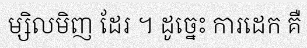
ម្សិលមិញ ដែរ ។ ដូច្នេះ ការដេក គឺ